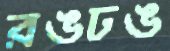
রঙঢঙ